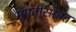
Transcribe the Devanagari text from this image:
भूपतीसोबत